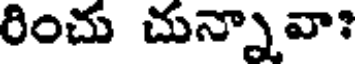
రించు చున్నావా?